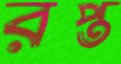
রপ্ত